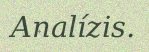
Analízis.